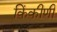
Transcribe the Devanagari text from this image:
किंकीणी